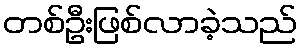
တစ်ဦးဖြစ်လာခဲ့သည်